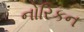
નોરિકન